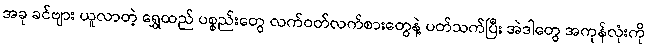
အခု ခင်ဗျား ယူလာတဲ့ ရွှေထည် ပစ္စည်းတွေ လက်ဝတ်လက်စားတွေနဲ့ ပတ်သက်ပြီး အဲဒါတွေ အကုန်လုံးကို